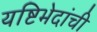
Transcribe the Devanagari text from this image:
यष्टिभेदांची